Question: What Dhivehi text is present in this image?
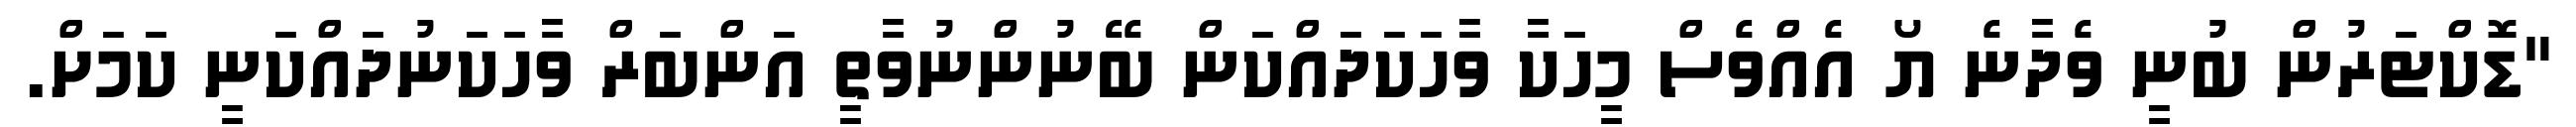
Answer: "ޑޮކްޓަރުން ބުނީ ވެދާނެ ޔޯ އެއްވެސް މީހަކާ ވާހަކަދައްކަން ބޭނުންނުވާތީ އަންބަރް ވާހަކަނުދައްކަނީ ކަމަށް.